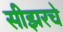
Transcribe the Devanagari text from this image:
सीझरचे